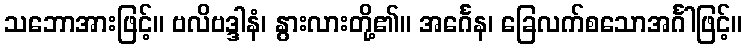
သဘောအားဖြင့်။ ဗလိဗဒ္ဒါနံ၊ နွားလားတို့၏။ အင်္ဂေန၊ ခြေလက်စသောအင်္ဂါဖြင့်။